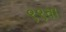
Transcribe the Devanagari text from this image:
९९वा